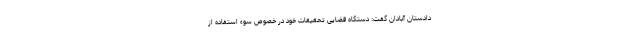
دادستان آبادان گفت: دستگاه قضایی تحقیقات خود در خصوص سوء استفاده از